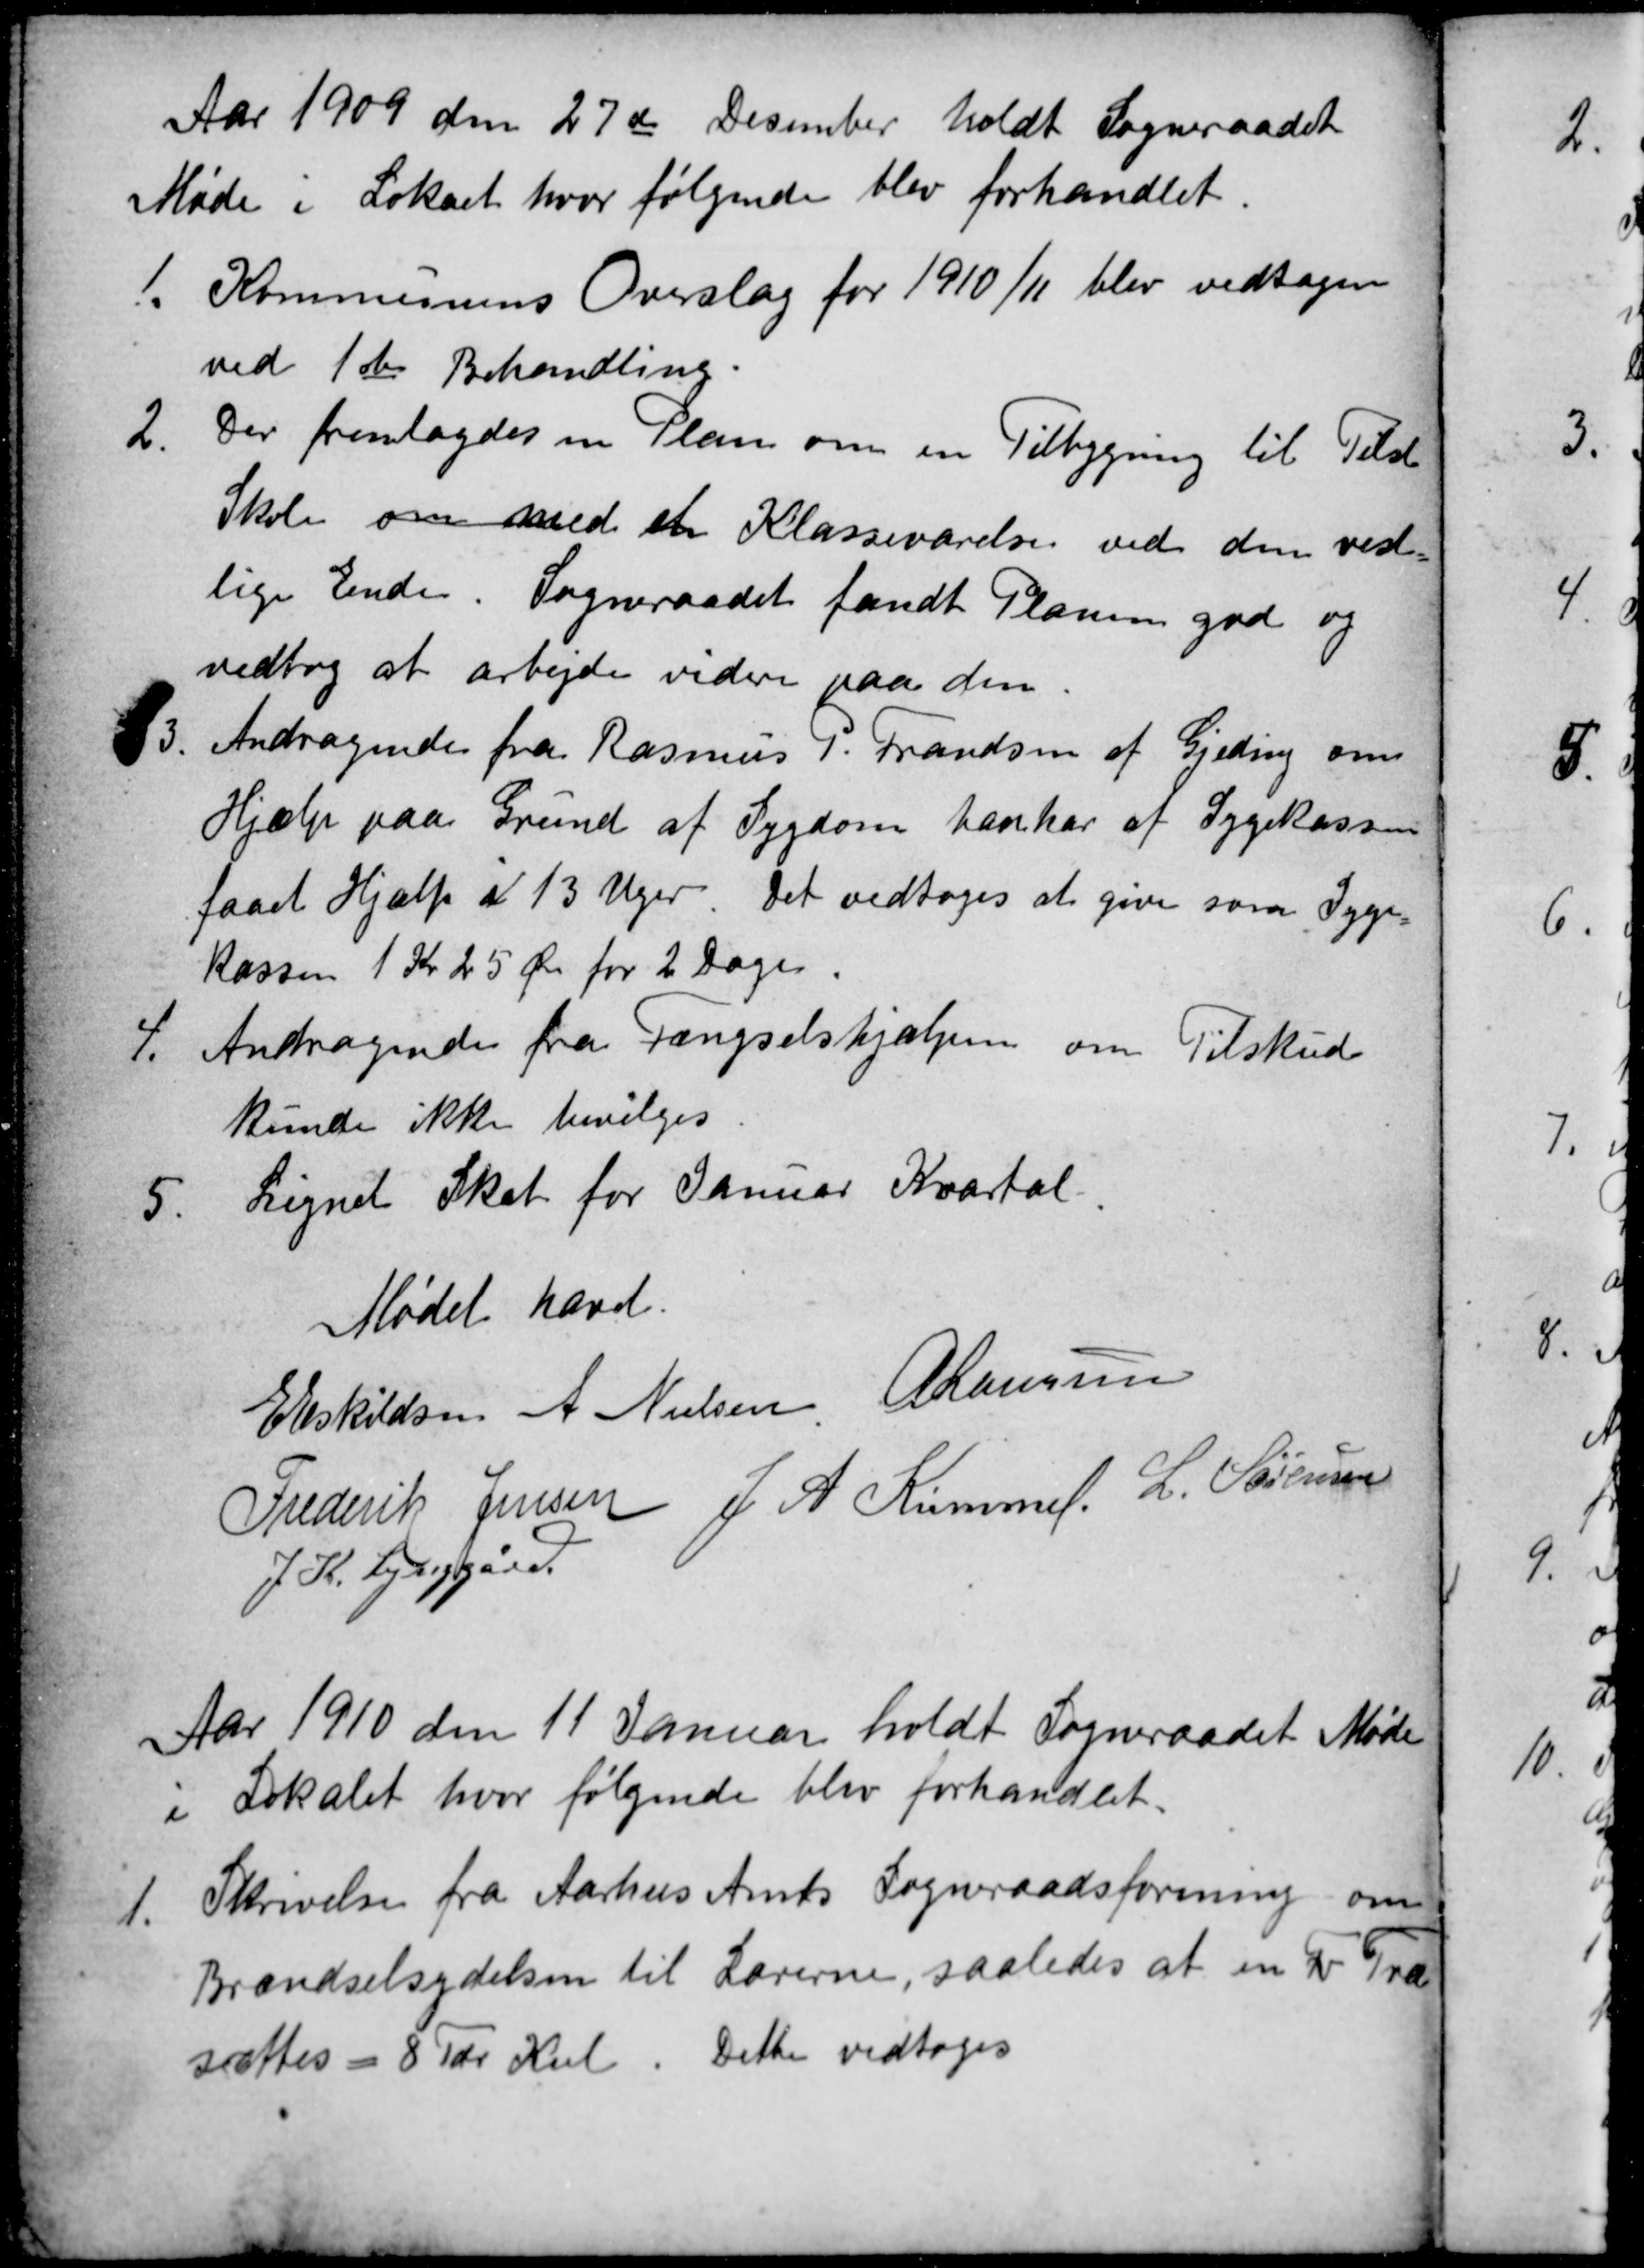
Transskription:
Aar 1909 den 27de Desember holdt Sogneraadet
Møde i Lokalet hvor følgende blev forhandlet.
1.
Kommunens Overslag for 1910/11 blev vedtagen
ved 1ste Behandling.
2.
Der fremlagdes en Plan om en Tilbygning til Tilst
Skole om med et Klasseværelse ved den vest-
lige Ende. Sogneraadet fandt Planen god og
vedtog at arbejde videre paa den.
3
Andragende fra Rasmus P. Frandsen af Gjeding om
Hjælp paa Grund af Sygdom han har af Sygekassen
faaet Hjælp i 13 Uger. Det vedtoges at give som Syge-
kassen 1 Kr 25 Øre for 2 Dages.
4.
Andragende fra Fængselshjælpen om Tilskud
kunde ikke bevilges
5
Lignet Skat for Januar Kvartal.
Mødet hævet
E Eskildsen A Nielsen A Laursen
Frederik Jensen J. A. Kümmel. L. Sørensen
J. K. Lynggård
Aar 1910 den 11 Januar holdt Sogneraadet Møde
i Lokalet hvor følgende blev forhandlet.
1.
Skrivelse fra Aarhus Amts Sogneraadsforening om
Brændselsydelsen til Lærerne, saaledes at en Fv Træ
sættes = 8 Tdr Kul
Dette vedtoges